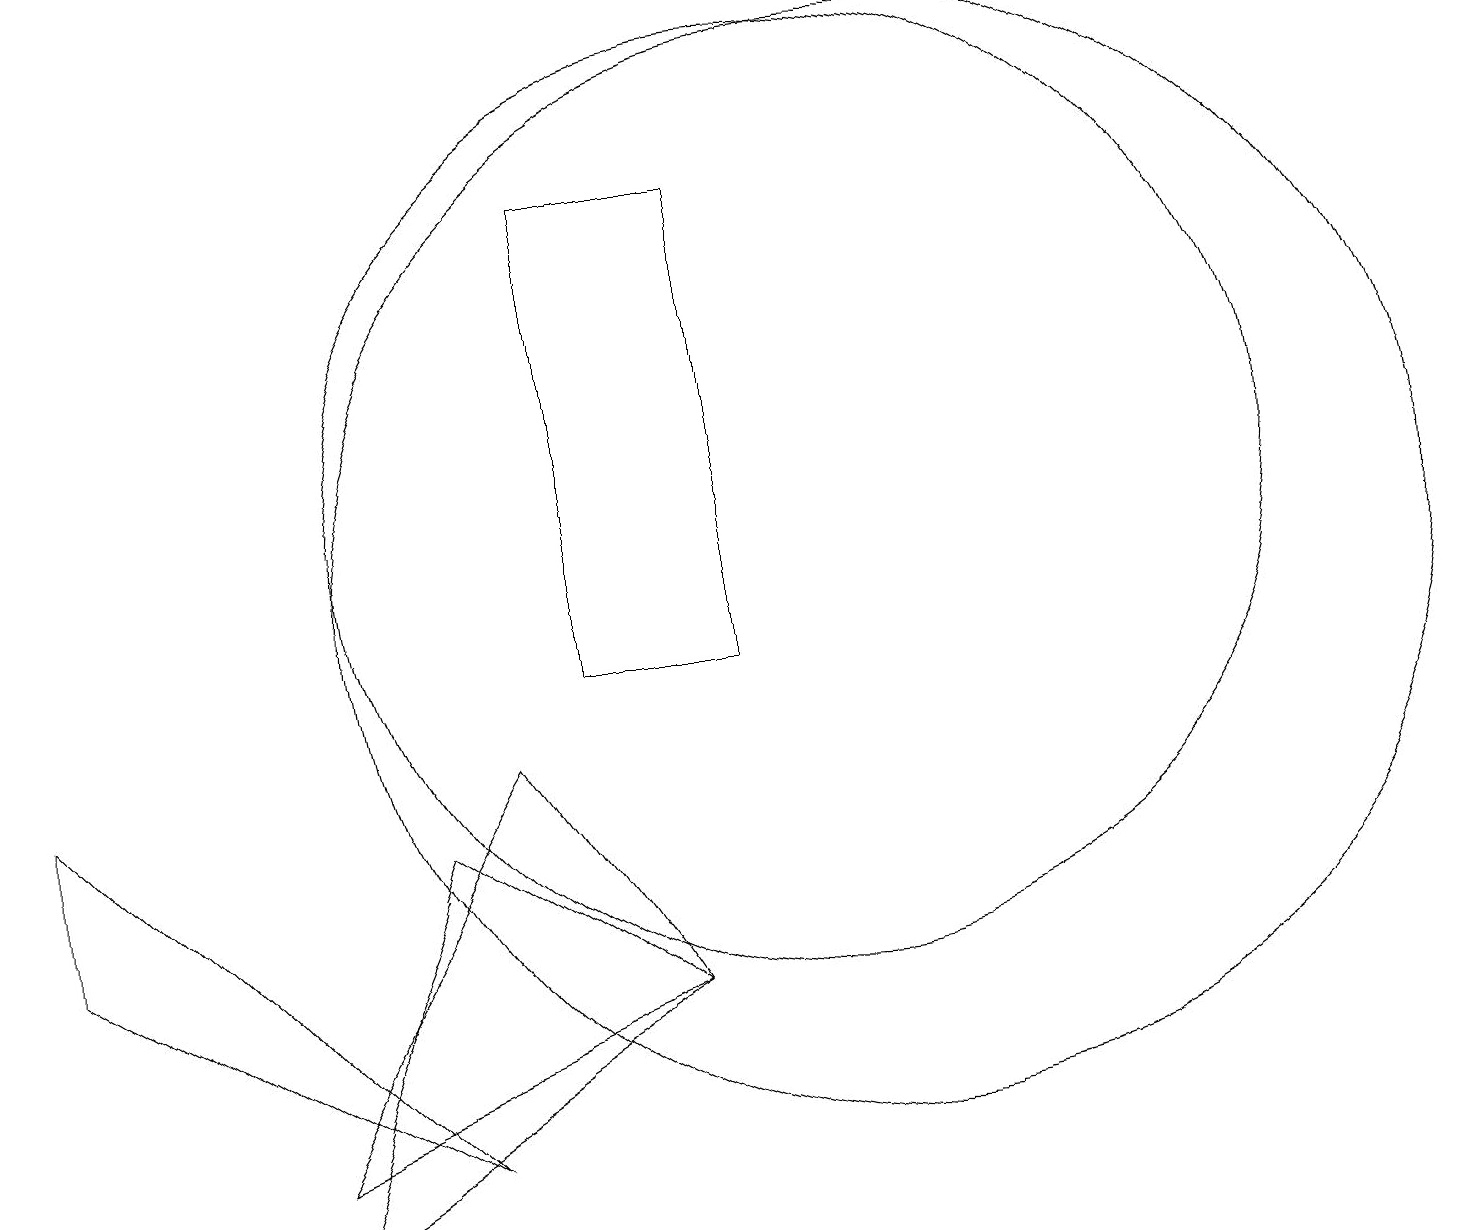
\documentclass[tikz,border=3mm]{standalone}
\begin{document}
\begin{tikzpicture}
\draw (0,9) -- (5,4) -- (0,7) -- cycle;
\draw (11,11) circle (7);
\draw (8,6) -- (3,3) -- (5,8) -- cycle;
\draw (9,10) rectangle (7,16);
\draw (8,6) -- (6,9) -- (3,4) -- cycle;
\draw (10,12) circle (6);
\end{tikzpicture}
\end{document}